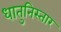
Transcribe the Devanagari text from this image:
धातुनिस्तार